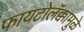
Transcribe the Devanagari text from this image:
फायटोलॅक्कामुळे